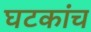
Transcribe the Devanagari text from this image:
घटकांच